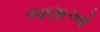
જણાઓ